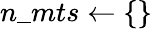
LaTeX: n\_ mts\gets\{ \}